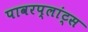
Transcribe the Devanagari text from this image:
पावरप्लांट्स